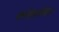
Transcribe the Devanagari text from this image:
क्लॉकमेकर